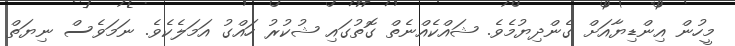
މީހުން އިންޑިޔާއަށް ގެންދިޔުމެވެ. ޝައްކެއްނެތް ގޮތުގައި ޝުކުރު ހައްގު އަމަލެކެވެ. ނަމަވެސް ނިޔަތް